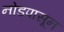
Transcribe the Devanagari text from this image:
नोडपासून